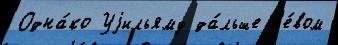
Одна́ко Уjильяму да́льше л'е́вом